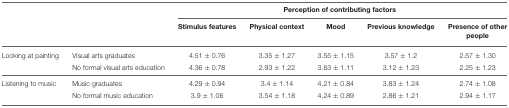
| <COLSPAN=2>  | <COLSPAN=5> Perception of contributing factors |
 | <COLSPAN=2>  | Stimulus features | Physical context | Mood | Previous knowledge | Presence of other people |
 | --- | --- | --- | --- | --- | --- | --- |
 | Looking at painting | Visual arts graduates | 4.51 ± 0.76 | 3.35 ± 1.27 | 3.55 ± 1.15 | 3.57 ± 1.2 | 2.57 ± 1.30 |
 |  | No formal visual arts education | 4.36 ± 0.78 | 2.93 ± 1.22 | 3.63 ± 1.11 | 3.12 ± 1.23 | 2.25 ± 1.23 |
 | Listening to music | Music graduates | 4.29 ± 0.94 | 3.4 ± 1.14 | 4.21 ± 0.84 | 3.83 ± 1.24 | 2.74 ± 1.08 |
 |  | No formal music education | 3.9 ± 1.06 | 3.54 ± 1.18 | 4.24 ± 0.89 | 2.86 ± 1.21 | 2.94 ± 1.17 |